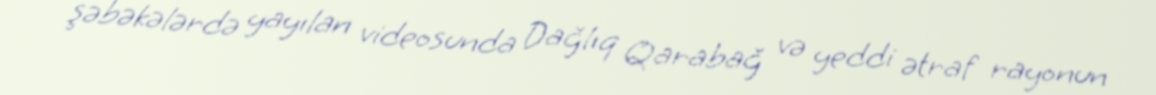
şəbəkələrdə yayılan videosunda Dağlıq Qarabağ və yeddi ətraf rayonun